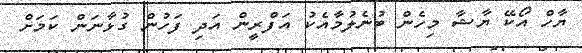
ޔާހް އޯކޭ ޔާޝާ މިހެން ބުނެލުމާއެކު އަފްރީން އަދި ފަހުން ގުޅާނަން ކަމަށް